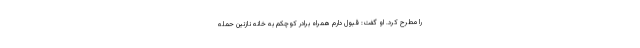
را مطرح کرد. او گفت: قبول دارم همراه برادر کوچکم به خانه نازنین حمله